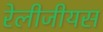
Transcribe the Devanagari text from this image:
रेलीजीयस